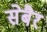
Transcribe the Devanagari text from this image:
सेबैर